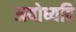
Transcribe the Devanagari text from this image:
अयोध्यदि